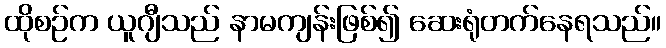
ထိုစဉ်က ယူဂျီသည် နာမကျန်းဖြစ်၍ ဆေးရုံတက်နေရသည်။